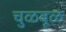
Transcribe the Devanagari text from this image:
चुळबूळ